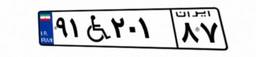
۹۱W۲۰۱۸۷